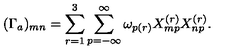
( \Gamma _ { a } ) _ { m n } = \sum _ { r = 1 } ^ { 3 } \sum _ { p = - \infty } ^ { \infty } \omega _ { p ( r ) } X _ { m p } ^ { ( r ) } X _ { n p } ^ { ( r ) } .